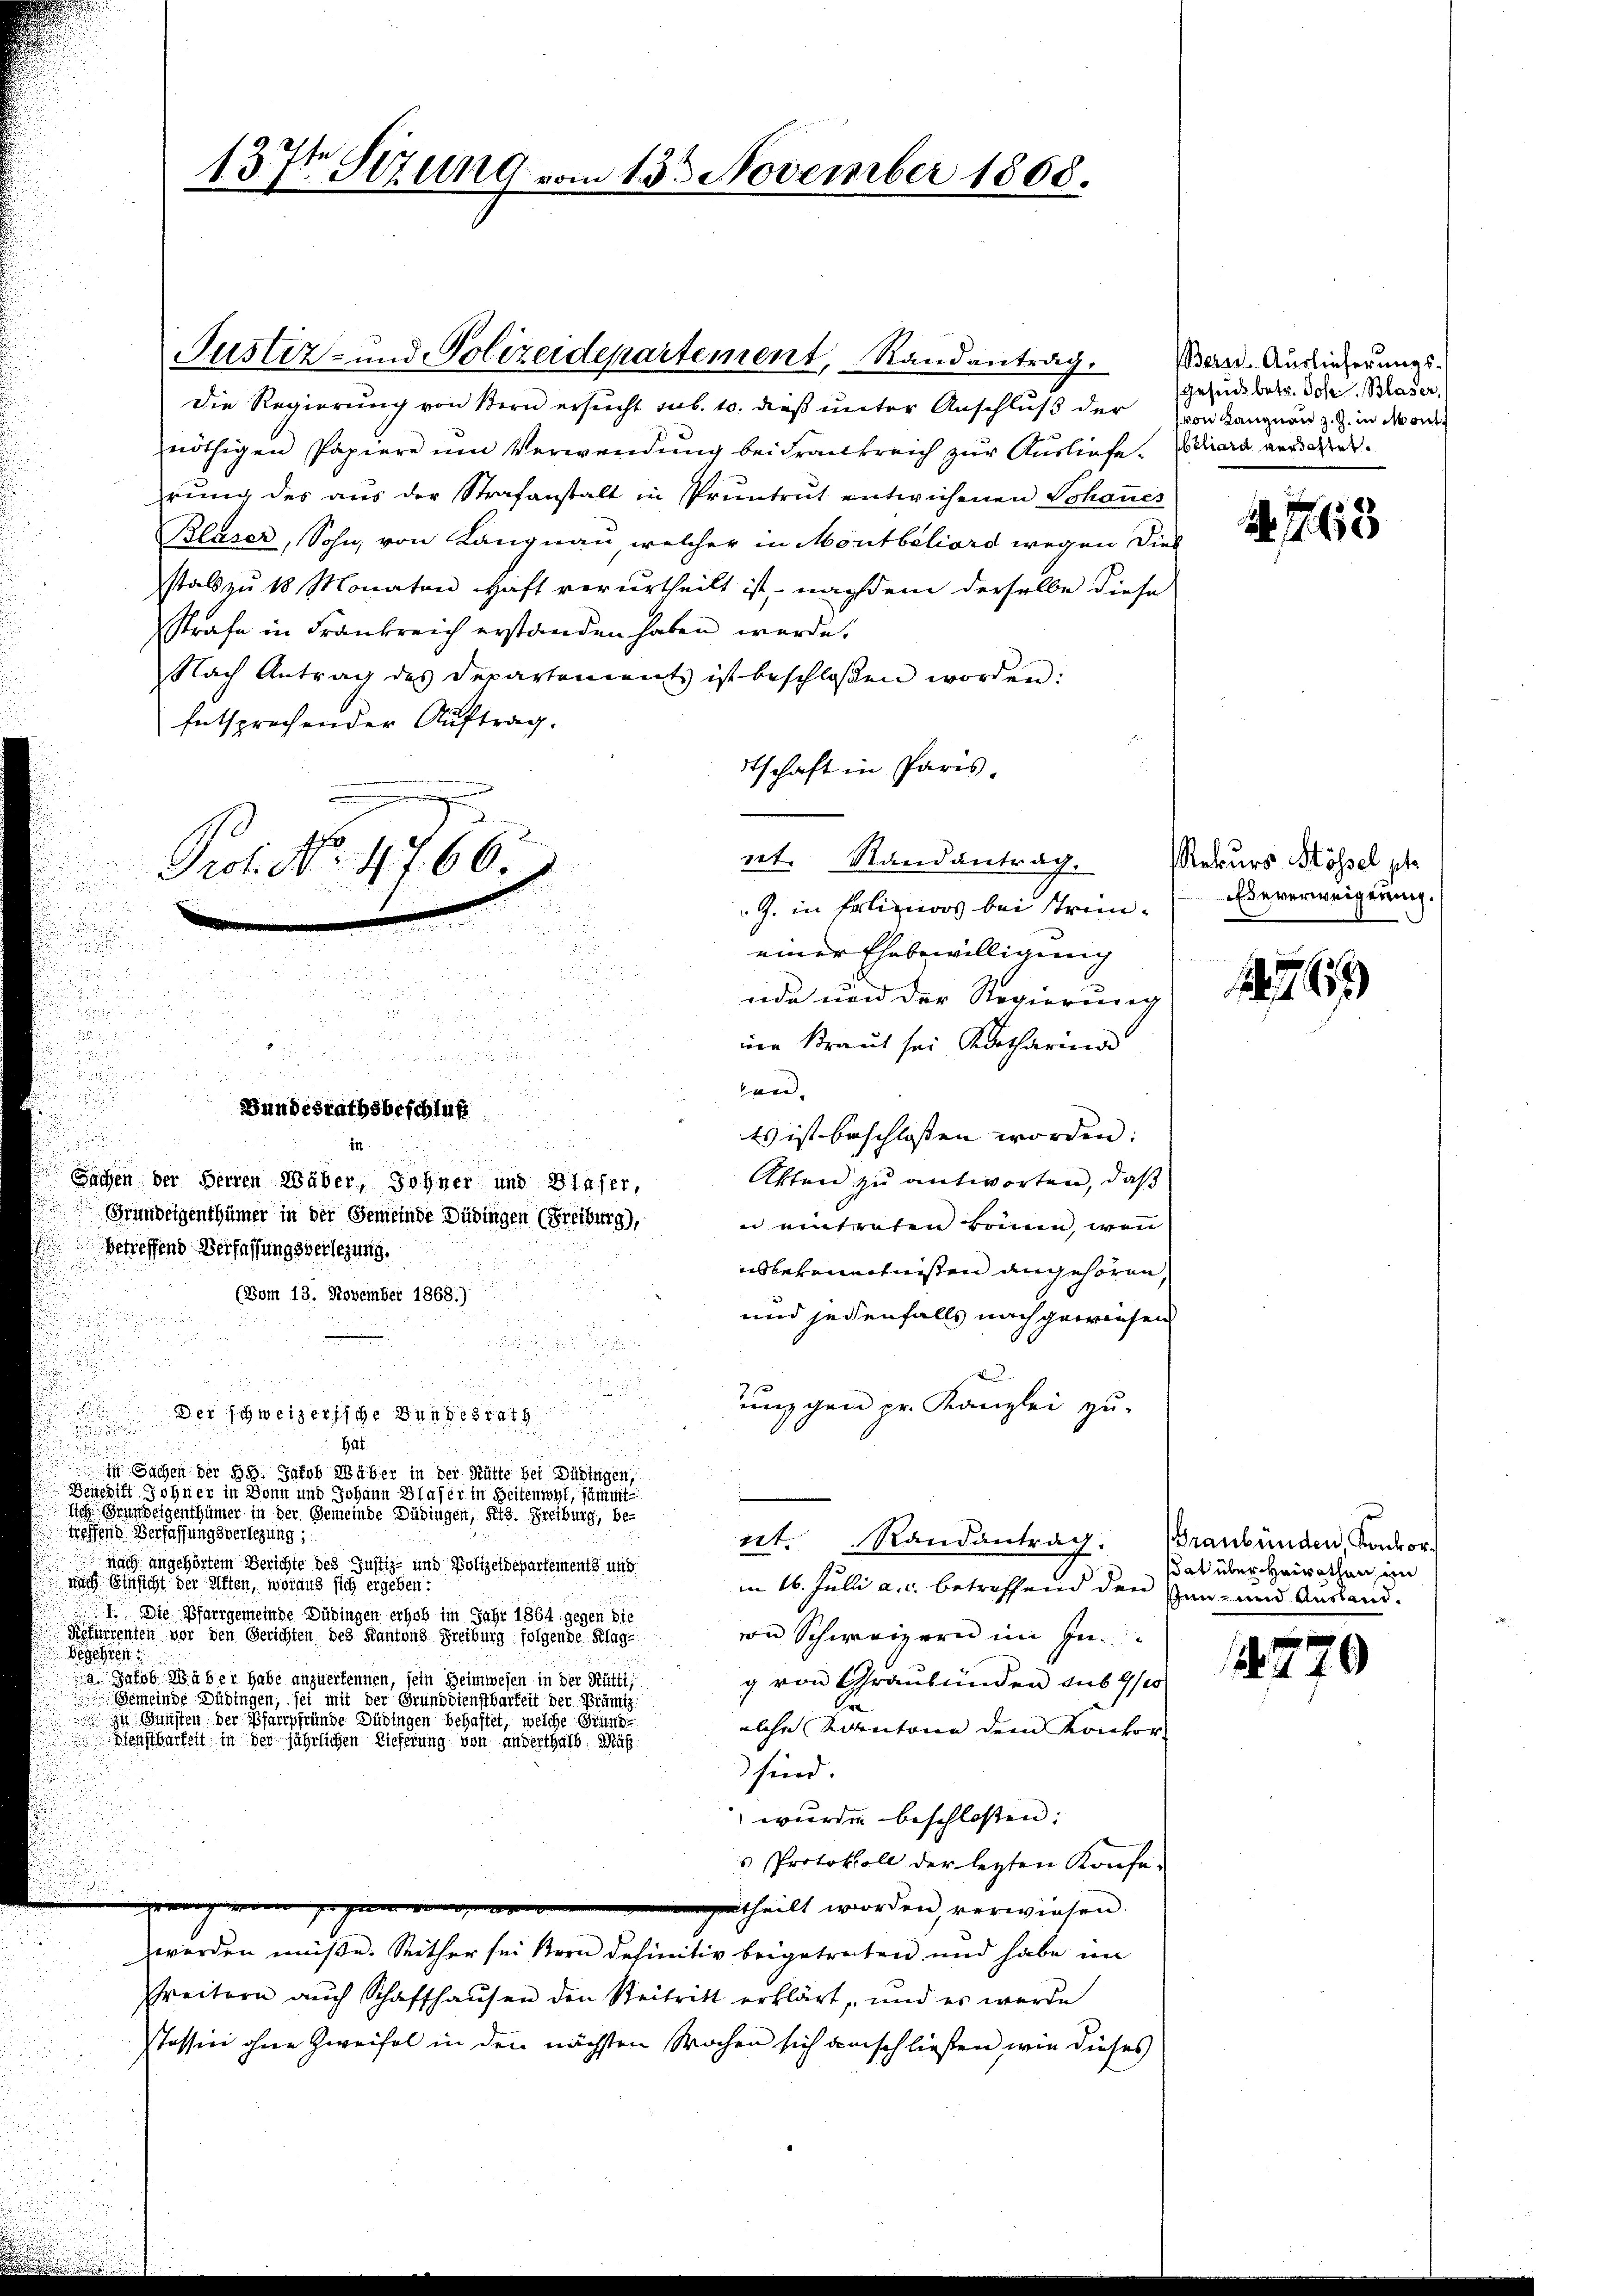
137 Szung vom 13. November 1868.

Justiz- und Polizeidepartement, Randantrag.
Die Regierung von Stern ersucht sub. 10. dieß unter Anschluß der Vorangnen z. Z. in Wort
nöthigen Papiere um Verwendung bei Frankreich zur Ausliefe. Viliard verdachtet.
rung des aus der Strafanstalt in Pruntrut entwichenen Schaues
Blaser, Sohn, von Langnau welcher in Montbéliord wegen dies
stalt zu 18 Monaten Haft verurtheilt ist, nachdem derselbe diese
Strafe in Frankreich erstanden haben würde.
Nach Antrag des Departement ist beschlossen worden:
Entsprechender Auftrag.
dtschaft in Paris.
ret. Randantrag.
u
J. in Erlinas bei Strene
e
u
i
einer Ehebewilligung

u
nde und der Regierung

i
n
nen Kraut sei Katharina
.

 F
ei
Es ist beschlossen worden:

Akten zu antworten, daß
Sachen der Herren Wäber, Sohner und Blaser,
Grundeigenthümer in der Gemeinde Dübingen (Freiburg),
en eintraten könn, wen
betreffend Verfassungsverlegung.
isberanntnisten angehören,
(Vom 13. November 1868.)
und jedenfalls nach gewiesen

unggen pr. Kanzlei zu

Der schweizerische Bundesrath

Gat.
.
in Sachen der 55. Jakob Wäber in der Rütte bei Düringen,
Generist ohner in Bonn und Johann Blaser in Seitenwyl, sämmt
sich Grundeigenthümer in der Gemeinde Dübingen, Kts. Freiburg, be-
treffend Verfassungsverlegung;
et. Randantrag. Braubünden Kadeor-
 nach angehörtem Berichte des Justiz- und Polizeidepartements und
nach Einsicht der Mitten, woraus sich ergeben:
in 16. Julii a. c. betreffend den Gan- und Ausland¬
I. Die Pfarrgemeinde Dübingen erhob im Jahr 1864 gegen die
von Schweizern im In¬
Refurrenten vor den Gerichten des Kantons Greiburg folgende Klag-
a Jakob M. über habe anzuerkennen, sein Heimwesen in der Rütti,
g von Graubünden sub 9/10
Gemeinde Dübingen, sei mit der Grunddienstbarkeit der Prämi
Er
 zu Gunsten der Pfarrpfründe Dübingen behaftet, welche eine
elche Kantone dem Konkor
Dienstbarkeit in der jährlichen Lieferung von anderthalb Maßsind.
 wurde beschlossen:
s Protokoll der letzten Konfe-
re
e
rtheilt worden, verwiesen.
werden müße. Seither sei Bern definitiv beigetreten und habe im
reitern auch Schaffhausen den Seitritt erklärt, und es werde
stession ohne Zweifel in den nächsten Wochen sich anschließen, wie dieses

.
Begehren

Bundesrathsbeschluß
in

Prof. No. 4766. 2

Bern. Auslieferungsgesuch betr. Jos. Blaser,

A. 763

Rekurs Mössel st
Ebeverweigerung.

1765

dat über Heirathen im

770